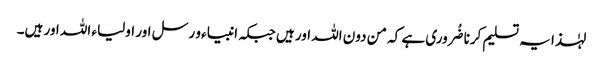
لہٰذا یہ تسلیم کرنا ضُروری ہے کہ من دون اللہ اور ہیں جبکہ انبیاء و رسل اور اولیاء اللہ اور ہیں۔